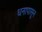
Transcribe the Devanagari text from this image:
धनापासून